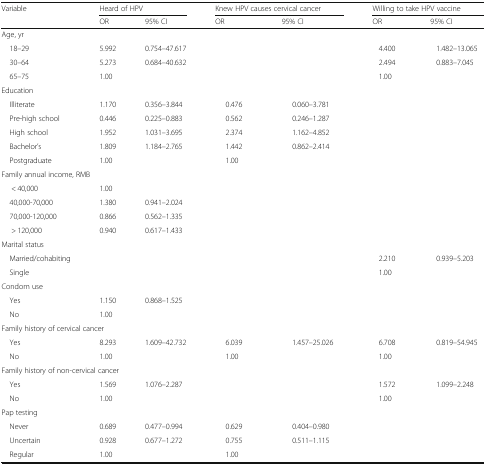
<table><thead><tr><td rowspan="2"><b>Variable</b></td><td colspan="2"><b>Heard of HPV</b></td><td colspan="2"><b>Knew HPV causes cervical cancer</b></td><td colspan="2"><b>Willing to take HPV vaccine</b></td></tr><tr><td><b>OR</b></td><td><b>95% CI</b></td><td><b>OR</b></td><td><b>95% CI</b></td><td><b>OR</b></td><td><b>95% CI</b></td></tr></thead><tbody><tr><td colspan="7">Age, yr</td></tr><tr><td> 18–29</td><td>5.992</td><td>0.754–47.617</td><td></td><td></td><td>4.400</td><td>1.482–13.065</td></tr><tr><td> 30–64</td><td>5.273</td><td>0.684–40.632</td><td></td><td></td><td>2.494</td><td>0.883–7.045</td></tr><tr><td> 65–75</td><td>1.00</td><td></td><td></td><td></td><td>1.00</td><td></td></tr><tr><td colspan="7">Education</td></tr><tr><td> Illiterate</td><td>1.170</td><td>0.356–3.844</td><td>0.476</td><td>0.060–3.781</td><td></td><td></td></tr><tr><td> Pre-high school</td><td>0.446</td><td>0.225–0.883</td><td>0.562</td><td>0.246–1.287</td><td></td><td></td></tr><tr><td> High school</td><td>1.952</td><td>1.031–3.695</td><td>2.374</td><td>1.162–4.852</td><td></td><td></td></tr><tr><td> Bachelor’s</td><td>1.809</td><td>1.184–2.765</td><td>1.442</td><td>0.862–2.414</td><td></td><td></td></tr><tr><td> Postgraduate</td><td>1.00</td><td></td><td>1.00</td><td></td><td></td><td></td></tr><tr><td colspan="7">Family annual income, RMB</td></tr><tr><td>&lt; 40,000</td><td>1.00</td><td></td><td></td><td></td><td></td><td></td></tr><tr><td> 40,000-70,000</td><td>1.380</td><td>0.941–2.024</td><td></td><td></td><td></td><td></td></tr><tr><td> 70,000-120,000</td><td>0.866</td><td>0.562–1.335</td><td></td><td></td><td></td><td></td></tr><tr><td>&gt; 120,000</td><td>0.940</td><td>0.617–1.433</td><td></td><td></td><td></td><td></td></tr><tr><td colspan="7">Marital status</td></tr><tr><td> Married/cohabiting</td><td></td><td></td><td></td><td></td><td>2.210</td><td>0.939–5.203</td></tr><tr><td> Single</td><td></td><td></td><td></td><td></td><td>1.00</td><td></td></tr><tr><td colspan="7">Condom use</td></tr><tr><td> Yes</td><td>1.150</td><td>0.868–1.525</td><td></td><td></td><td></td><td></td></tr><tr><td> No</td><td>1.00</td><td></td><td></td><td></td><td></td><td></td></tr><tr><td colspan="7">Family history of cervical cancer</td></tr><tr><td> Yes</td><td>8.293</td><td>1.609–42.732</td><td>6.039</td><td>1.457–25.026</td><td>6.708</td><td>0.819–54.945</td></tr><tr><td> No</td><td>1.00</td><td></td><td>1.00</td><td></td><td>1.00</td><td></td></tr><tr><td colspan="7">Family history of non-cervical cancer</td></tr><tr><td> Yes</td><td>1.569</td><td>1.076–2.287</td><td></td><td></td><td>1.572</td><td>1.099–2.248</td></tr><tr><td> No</td><td>1.00</td><td></td><td></td><td></td><td>1.00</td><td></td></tr><tr><td colspan="7">Pap testing</td></tr><tr><td> Never</td><td>0.689</td><td>0.477–0.994</td><td>0.629</td><td>0.404–0.980</td><td></td><td></td></tr><tr><td> Uncertain</td><td>0.928</td><td>0.677–1.272</td><td>0.755</td><td>0.511–1.115</td><td></td><td></td></tr><tr><td> Regular</td><td>1.00</td><td></td><td>1.00</td><td></td><td></td><td></td></tr></tbody></table>